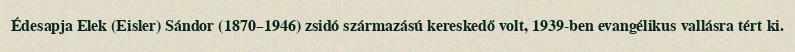
Édesapja Elek (Eisler) Sándor (1870–1946) zsidó származású kereskedő volt, 1939-ben evangélikus vallásra tért ki.